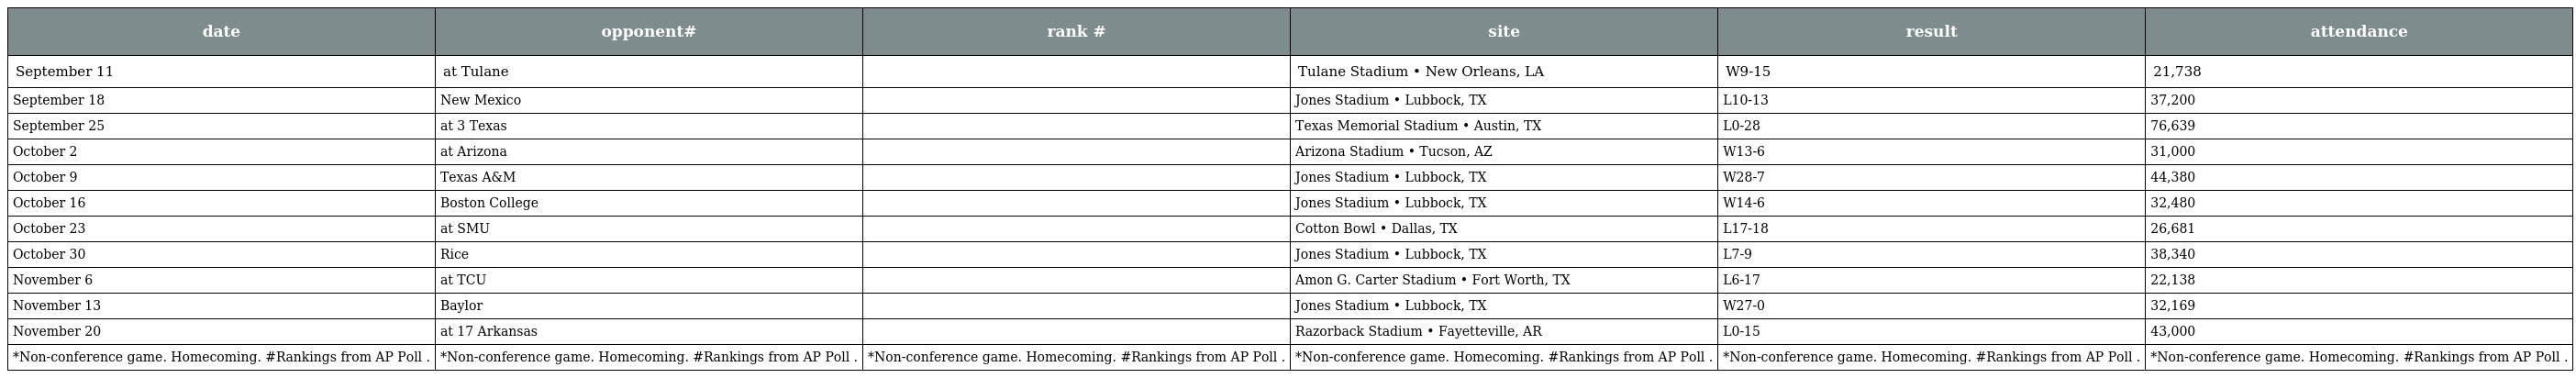
| date | opponent# | rank # | site | result | attendance |
 | --- | --- | --- | --- | --- | --- |
 | September 11 | at Tulane |  | Tulane Stadium • New Orleans, LA | W9-15 | 21,738 |
 | September 18 | New Mexico |  | Jones Stadium • Lubbock, TX | L10-13 | 37,200 |
 | September 25 | at 3 Texas |  | Texas Memorial Stadium • Austin, TX | L0-28 | 76,639 |
 | October 2 | at Arizona |  | Arizona Stadium • Tucson, AZ | W13-6 | 31,000 |
 | October 9 | Texas A&M |  | Jones Stadium • Lubbock, TX | W28-7 | 44,380 |
 | October 16 | Boston College |  | Jones Stadium • Lubbock, TX | W14-6 | 32,480 |
 | October 23 | at SMU |  | Cotton Bowl • Dallas, TX | L17-18 | 26,681 |
 | October 30 | Rice |  | Jones Stadium • Lubbock, TX | L7-9 | 38,340 |
 | November 6 | at TCU |  | Amon G. Carter Stadium • Fort Worth, TX | L6-17 | 22,138 |
 | November 13 | Baylor |  | Jones Stadium • Lubbock, TX | W27-0 | 32,169 |
 | November 20 | at 17 Arkansas |  | Razorback Stadium • Fayetteville, AR | L0-15 | 43,000 |
 | *Non-conference game. Homecoming. #Rankings from AP Poll . | *Non-conference game. Homecoming. #Rankings from AP Poll . | *Non-conference game. Homecoming. #Rankings from AP Poll . | *Non-conference game. Homecoming. #Rankings from AP Poll . | *Non-conference game. Homecoming. #Rankings from AP Poll . | *Non-conference game. Homecoming. #Rankings from AP Poll . |